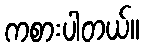
ကစားပါတယ်။